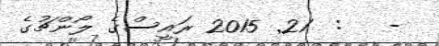
-   :  21